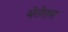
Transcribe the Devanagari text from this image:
थेरोत्तम